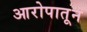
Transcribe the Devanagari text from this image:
आरोपातून